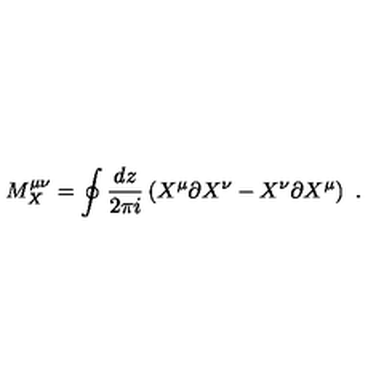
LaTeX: M _ { X } ^ { \mu \nu } = \oint { \frac { d z } { 2 \pi i } } \left( X ^ { \mu } \partial X ^ { \nu } - X ^ { \nu } \partial X ^ { \mu } \right) \ .